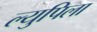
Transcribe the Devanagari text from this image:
ल्युपिला